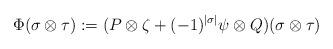
LaTeX: \begin{align*} \Phi(\sigma\otimes\tau):=(P\otimes \zeta + (-1)^{|\sigma|}\psi\otimes Q)(\sigma\otimes\tau) \end{align*}